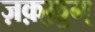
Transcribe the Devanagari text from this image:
ज़क़्क़ुम्